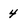
Character: 4